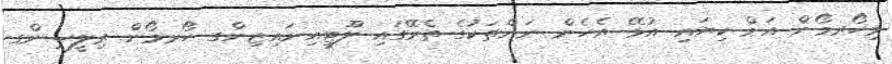
މިހޯރމޯން އަށް ކިޔައި އުޅޭ އެހެން ނަންތަކުގެ ތެރޭގައި ލޫޓީއިނައިޒިންގ ހޯރމޯން ރިލީސިންގ